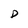
Character: D